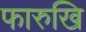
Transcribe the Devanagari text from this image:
फारुखि